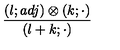
{ \frac { ( l ; a d j ) \otimes ( k ; \cdot ) } { ( l + k ; \cdot ) } }